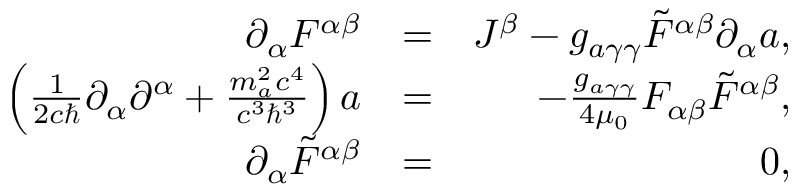
\begin{array} { r l r } { \partial _ { \alpha } F ^ { \alpha \beta } } & { = } & { J ^ { \beta } - g _ { a \gamma \gamma } \tilde { F } ^ { \alpha \beta } \partial _ { \alpha } a , } \\ { \left( \frac { 1 } { 2 c \hbar } \partial _ { \alpha } \partial ^ { \alpha } + \frac { m _ { a } ^ { 2 } c ^ { 4 } } { c ^ { 3 } \hbar ^ { 3 } } \right) a } & { = } & { - \frac { g _ { a \gamma \gamma } } { 4 \mu _ { 0 } } F _ { \alpha \beta } \tilde { F } ^ { \alpha \beta } , } \\ { \partial _ { \alpha } \tilde { F } ^ { \alpha \beta } } & { = } & { 0 , } \end{array}